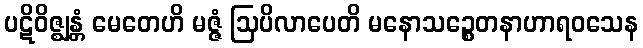
ပဋိဝိဇ္ဈန္တံ မေတေဟိ မဇ္ဇံ ဩပိလာပေတိ မနောသဉ္စေတနာဟာရဝသေန